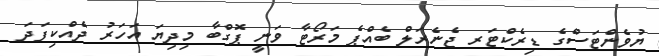
ޔުވެންޓަސްގެ ޑިރެކްޓަރ ޖެނެރަލް ބެއްޕެ މަރޯޓާ ވަނީ ޕޮގްބާ މިދިޔަ އަހަރު ދެއްކިފަދަ